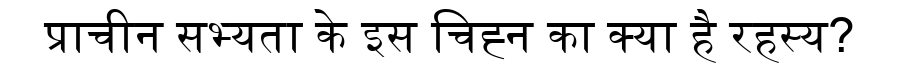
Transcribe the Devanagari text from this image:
प्राचीन सभ्यता के इस चिह्न का क्या है रहस्य?